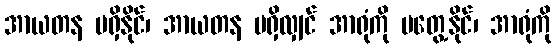
အာယတန မရှိနိုင်၊ အာယတန မရှိလျှင် အာရုံကို မတွေ့နိုင်၊ အာရုံကို